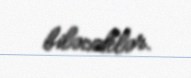
biləcəklər.